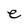
Character: e